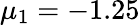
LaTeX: \mu_{1}=-1.25